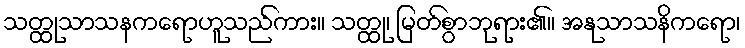
သတ္ထုသာသနကရောဟူသည်ကား။ သတ္ထု၊ မြတ်စွာဘုရား၏။ အနုသာသနိကရော၊